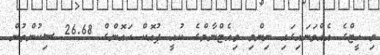
މި ހީޓްގެ އެއްވަނައިގައި ނިންމި ވިއެޓްނާމްގެ ކުއީ ޕުއޮކް ހައޮންގް 26.68 ސިކުންތުން